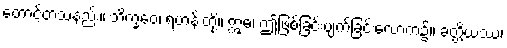
တောင့်တသနည်း။ ဘိက္ခဝေ၊ ရဟန်းတို့။ ဣဓ၊ ဤဖြစ်ခြင်းပျက်ခြင်းလောက၌။ ခတ္တိယဿ၊